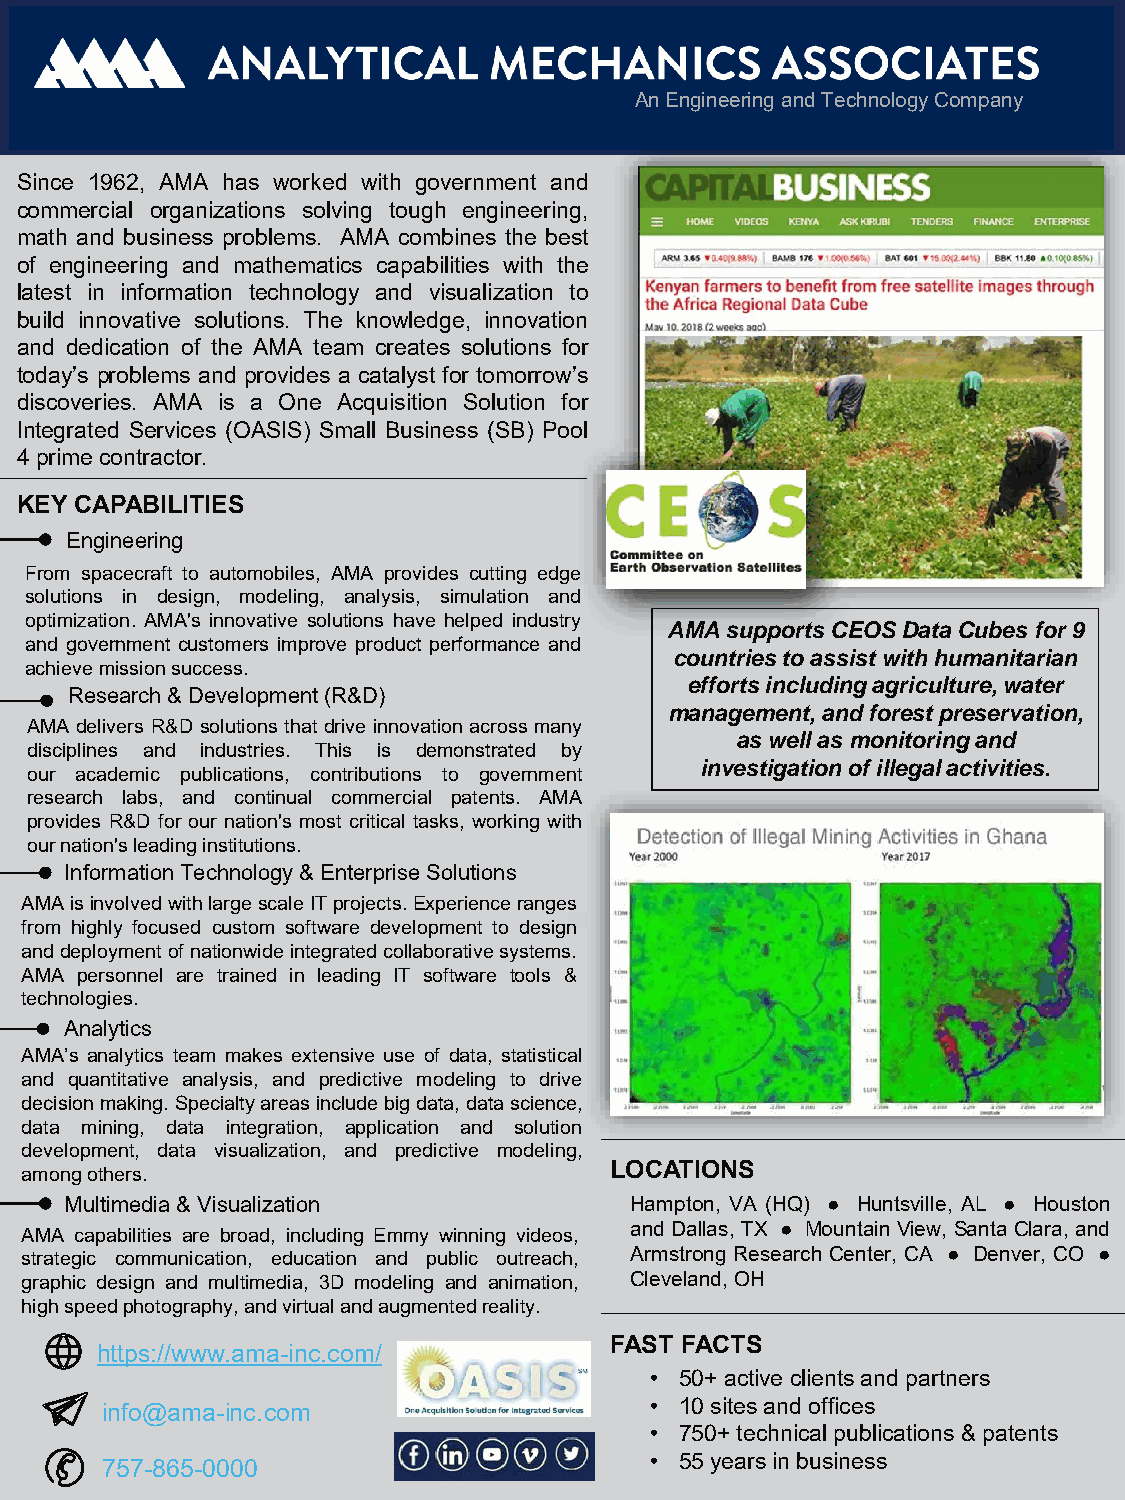
NAME            HERE
 An Engineering and Technology Company
 Since 1962, AMA has worked with government and
 commercial organizations solving tough engineering,
 math and business problems. AMA combines the best
 of engineering and mathematics capabilities with the
 latest in information technology and visualization to
 build innovative solutions. The knowledge, innovation
 and dedication of the AMA team creates solutions for
 today’s problems and provides a catalyst for tomorrow’s
 discoveries. AMA is a One Acquisition Solution for
 Integrated Services (OASIS) Small Business (SB) Pool
 4primecontractor.
 KEY CAPABILITIES
 Engineering
 From spacecraft to automobiles, AMA provides cutting edge
 solutions in design, modeling, analysis, simulation and
 optimization. AMA's innovative solutions have helped industry
 AMA supports CEOS Data Cubes for 9
 and government customers improve product performance and
 countries to assist with humanitarian
 achievemissionsuccess.
 efforts including agriculture, water
 Research & Development (R&D)
 management, and forest preservation,
 AMA delivers R&D solutions that drive innovation across many
 as well as monitoring and
 disciplines and industries. This is demonstrated by
 investigation of illegal activities.
 our academic publications, contributions to government
 research labs, and continual commercial patents. AMA
 provides R&D for our nation's most critical tasks, working with
 ournation'sleadinginstitutions.
 Information Technology & Enterprise Solutions
 AMAisinvolvedwithlargescaleITprojects.Experienceranges
 from highly focused custom software development to design
 anddeploymentofnationwideintegratedcollaborativesystems.
 AMA personnel are trained in leading IT software tools &
 technologies.
 Analytics
 AMA’s analytics team makes extensive use of data, statistical
 and quantitative analysis, and predictive modeling to drive
 decisionmaking.Specialtyareasincludebigdata,datascience,
 data mining, data integration, application and solution
 development, data visualization, and predictive modeling,
 amongothers.                           LOCATIONS
 Multimedia & Visualization            Hampton, VA (HQ) ● Huntsville, AL ● Houston
 andDallas,TX ● Mountain View, SantaClara,and
 AMA capabilities are broad, including Emmy winning videos,
 strategic communication, education and public outreach, Armstrong Research Center, CA ● Denver, CO ●
 graphic design and multimedia, 3D modeling and animation, Cleveland, OH
 highspeedphotography,andvirtualandaugmentedreality.
 FAST FACTS
 https://www.ama-inc.com/
 • 50+ active clients and partners
 info@ama-inc.com                    • 10 sites and offices
 • 750+ technical publications & patents
 • 55 years in business
 757-865-0000